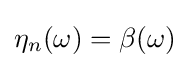
\eta _{n}(\omega )=\beta (\omega )